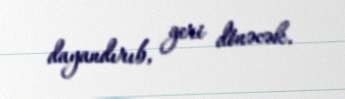
dayandırıb, geri dönəcək.